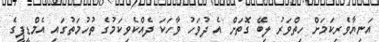
އަނިޔާވެރިކަމަށް ހިތްވަރު ލިބޭ ގޮތަށް އެ ދުވަހު ވާހަކަ ދެއްކެވިކަމުގެ ތުހުމަތުގައި އެމްޑީޕީގެ